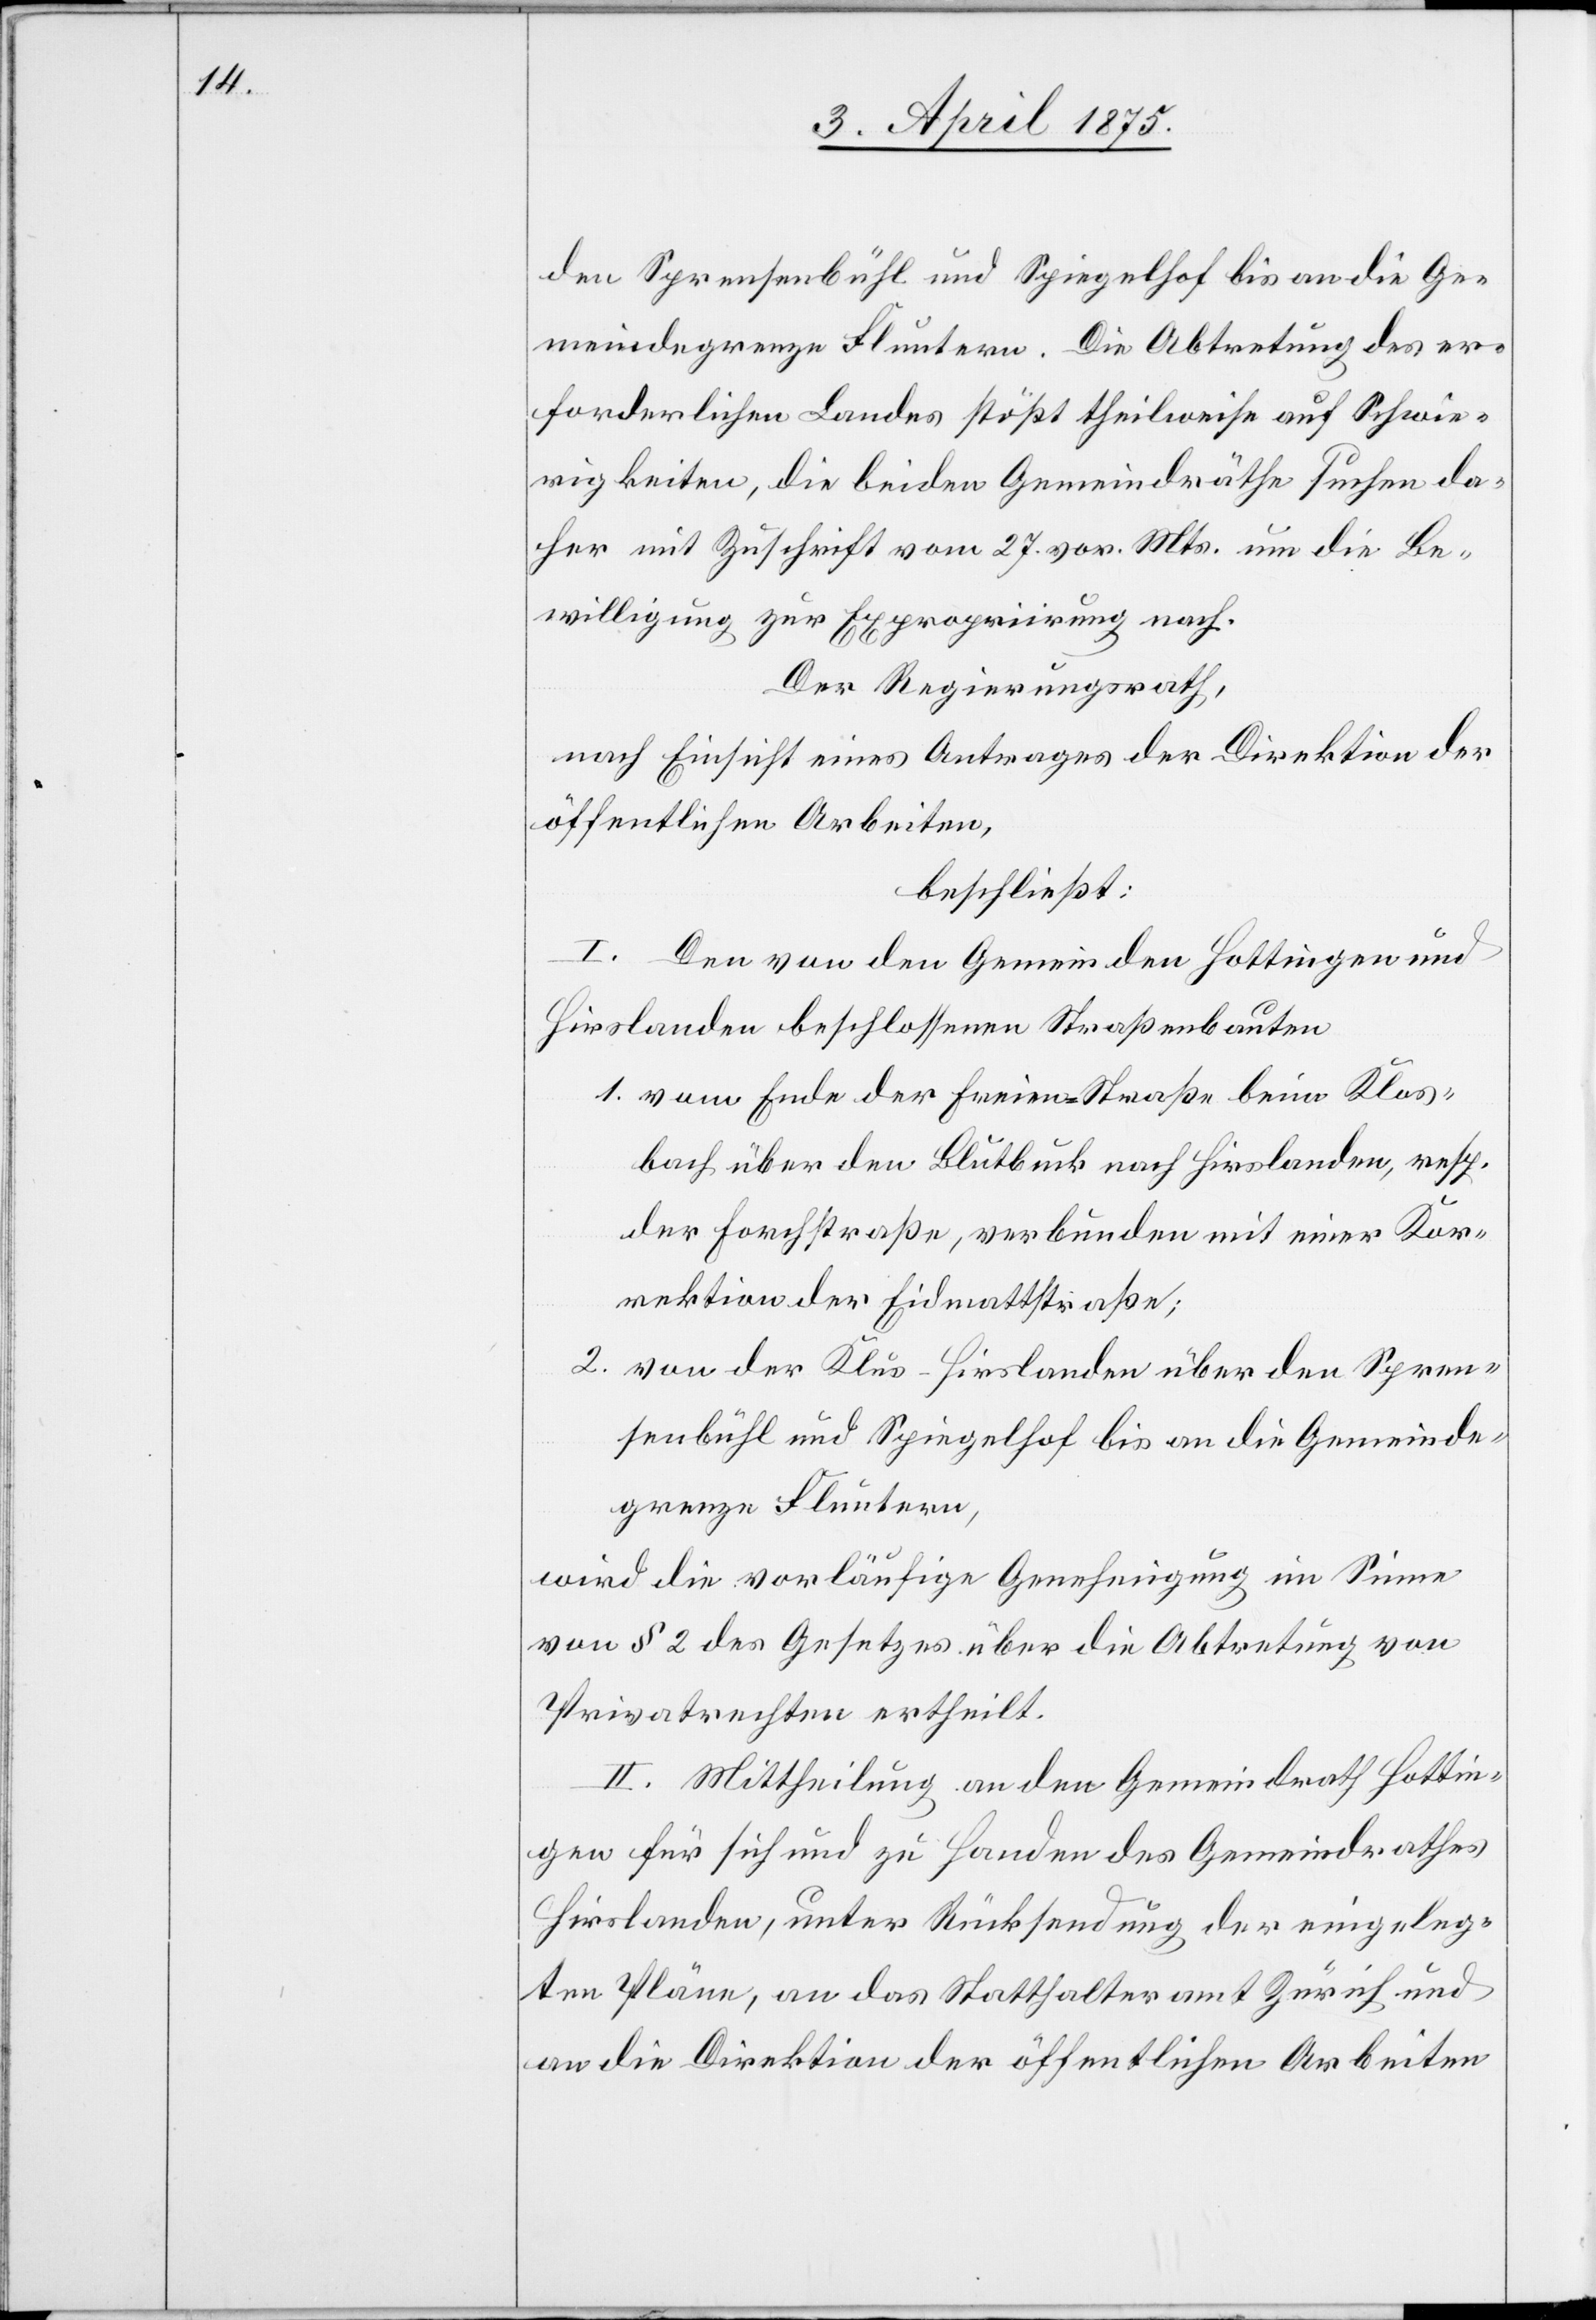
den Sprensenbühl und Spingelhof bis an die Ge¬
meindegrenze Fluntern. Die Abtretung des er¬
forderlichen Landes stößt theilweise auf Schwie¬
rigkeiten, die beiden Gemeindräthe suchen da¬
her mit Zuschrift vom 27. vor. Mts. um die Be¬
willigung zur Expropriirung nach.
Der Regierungsrath,
nach Einsicht eines Antrages der Direktion der
öffentlichen Arbeiten,
beschließt:
I. Den von den Gemeinden Hottingen und
Hirslanden beschlossenen Straßenbauten
1. vom Ende der Freien-Straße beim Klos¬
bach über den Blutbuck nach Hirslanden, resp.
der Forststraße, verbunden mit einer Kor¬
rektion der Eidmattstraße;
2. von der Klus-Hirslanden über den Spren¬
zenbühl und Springelhof bis an die Gemeinde¬
grenze Fluntern,
wird die vorläufige Genehmigung im Sinne
von § 2 des Gesetzes über die Abtretung von
Privatrechten ertheilt.
II. Mittheilung an den Gemeindrath Hottin¬
gen für sich und zu Handen des Gemeindrathes
Hirslanden, unter Rücksendung der eingeleg¬
ten Pläne, an das Statthalteramt Zürich und
an die Direktion der öffentlichen Arbeiten